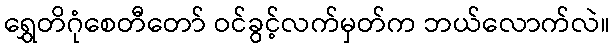
ရွှေတိဂုံစေတီတော် ဝင်ခွင့်လက်မှတ်က ဘယ်လောက်လဲ။